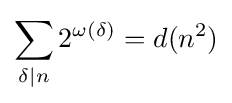
\sum _{\delta \mid n}2^{\omega (\delta )}=d(n^{2})